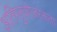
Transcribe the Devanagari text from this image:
अतिग्लुकोज़रक्तता